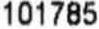
101785